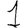
Digit: 1